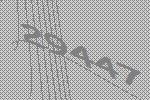
29447